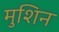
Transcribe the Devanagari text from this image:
मुशिन